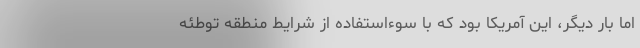
اما بار دیگر، این آمریکا بود که با سوءاستفاده از شرایط منطقه توطئه